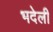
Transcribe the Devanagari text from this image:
भदेली